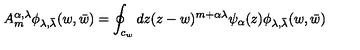
A _ { m } ^ { \alpha , \lambda } \phi _ { \lambda , \bar { \lambda } } ( w , \bar { w } ) = \oint _ { c _ { w } } d z ( z - w ) ^ { m + \alpha \lambda } \psi _ { \alpha } ( z ) \phi _ { \lambda , \bar { \lambda } } ( w , \bar { w } )